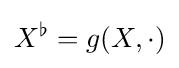
X^{\flat }=g(X,\cdot )